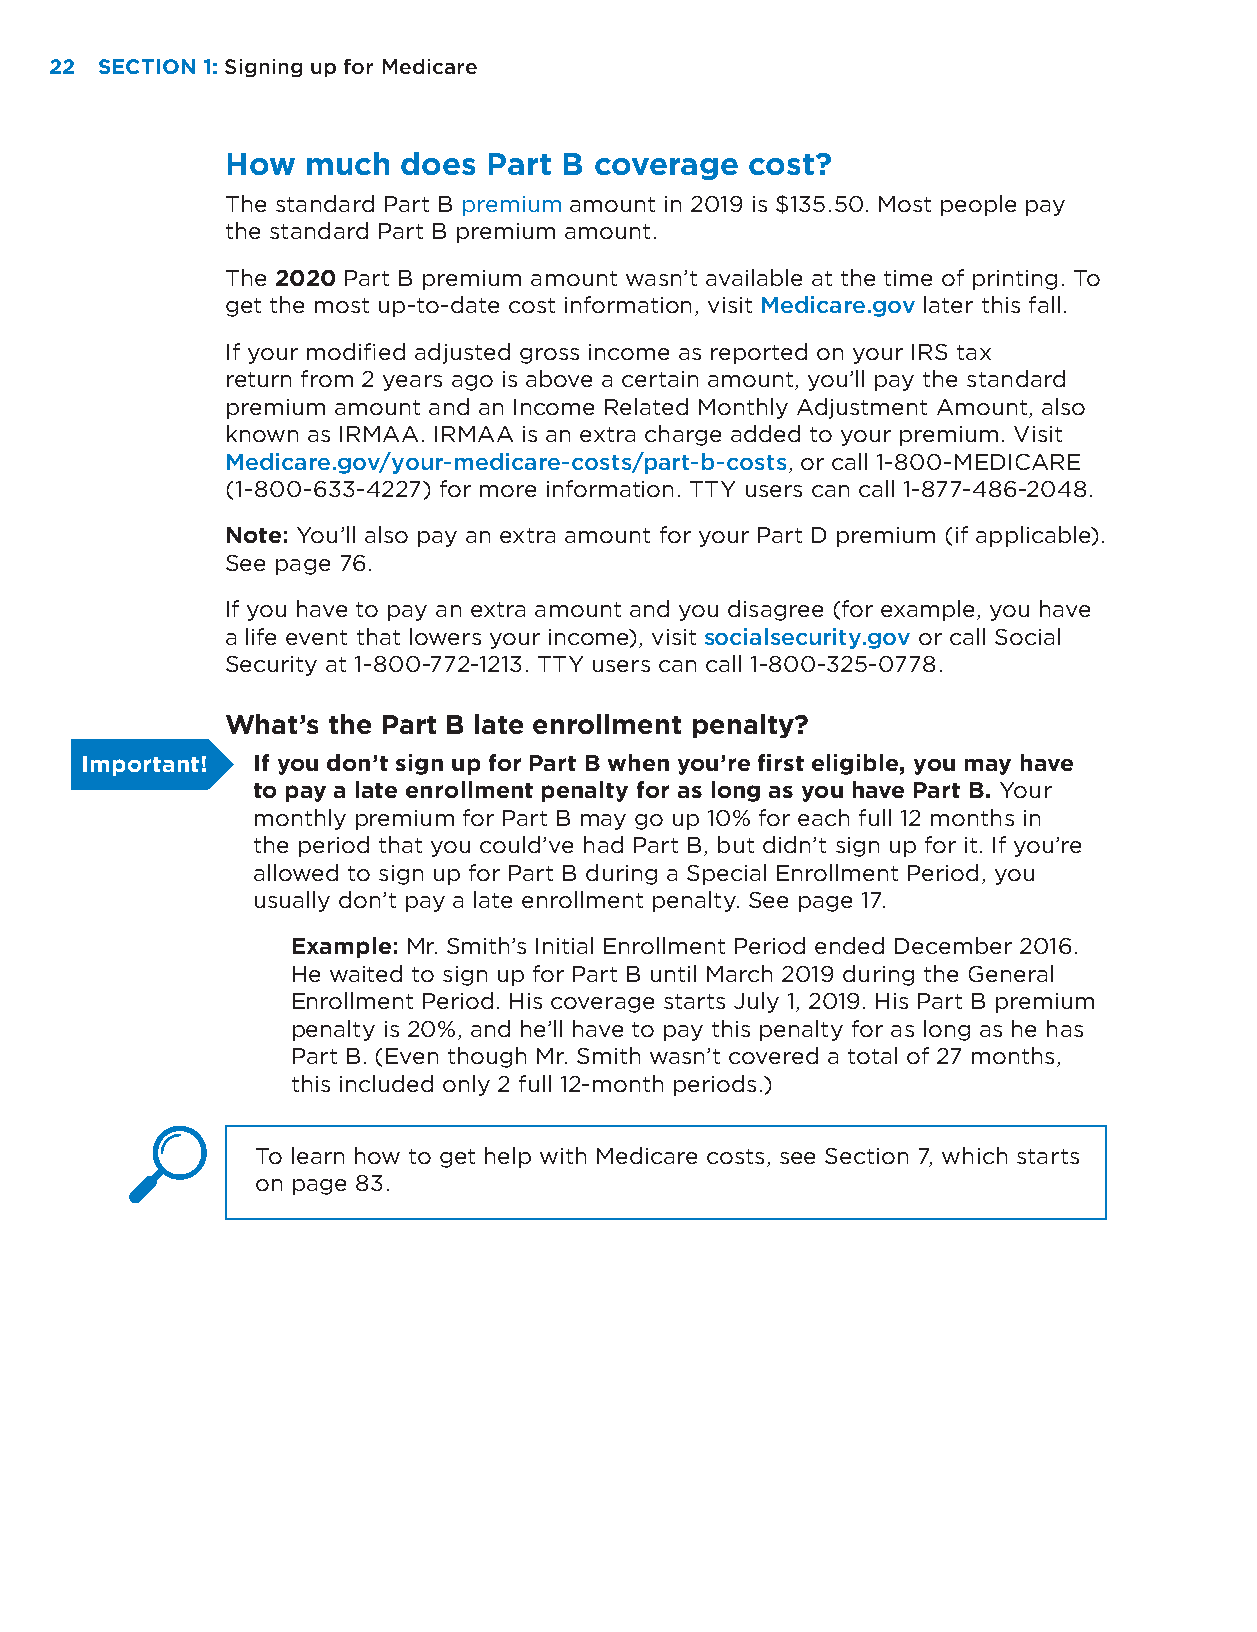
22 SECTION 1: Signing up for Medicare
 How  much   does Part B coverage   cost?
 The standard Part B premium amount in 2019 is $135.50. Most people pay
 the standard Part B premium amount.
 The 2020 Part B premium amount wasn’t available at the time of printing. To
 get the most up-to-date cost information, visit Medicare.gov later this fall.
 If your modified adjusted gross income as reported on your IRS tax
 return from 2 years ago is above a certain amount, you’ll pay the standard
 premium amount and an Income Related Monthly Adjustment Amount, also
 known as IRMAA. IRMAA is an extra charge added to your premium. Visit
 Medicare.gov/your-medicare-costs/part-b-costs, or call 1-800-MEDICARE
 (1-800-633-4227) for more information. TTY users can call 1-877-486-2048.
 Note: You’ll also pay an extra amount for your Part D premium (if applicable).
 See page 76.
 If you have to pay an extra amount and you disagree (for example, you have
 a life event that lowers your income), visit socialsecurity.gov or call Social
 Security at 1-800-772-1213. TTY users can call 1-800-325-0778.
 What’s the Part B late enrollment penalty?
 Important!  If you don’t sign up for Part B when you’re first eligible, you may have
 to pay a late enrollment penalty for as long as you have Part B. Your
 monthly premium for Part B may go up 10% for each full 12 months in
 the period that you could’ve had Part B, but didn’t sign up for it. If you’re
 allowed to sign up for Part B during a Special Enrollment Period, you
 usually don’t pay a late enrollment penalty. See page 17.
 Example: Mr. Smith’s Initial Enrollment Period ended December 2016.
 He waited to sign up for Part B until March 2019 during the General
 Enrollment Period. His coverage starts July 1, 2019. His Part B premium
 penalty is 20%, and he’ll have to pay this penalty for as long as he has
 Part B. (Even though Mr. Smith wasn’t covered a total of 27 months,
 this included only 2 full 12-month periods.)
 To learn how to get help with Medicare costs, see Section 7, which starts
 on page 83.